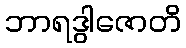
ဘာရဒွါဇောတိ